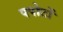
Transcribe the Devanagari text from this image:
पपोटों